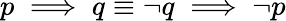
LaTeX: p\implies q\equiv\neg q\implies\neg p